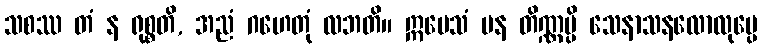
သစဿ တံ န ရုစ္စတိ, အညံ ဂဟေတုံ လဘတိ။ ဣမေသံ ပန တိဏ္ဏမ္ပိ သေနာသနလောလုပ္ပေ